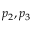
p _ { 2 } , p _ { 3 }